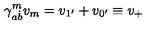
\gamma _ { a \dot { b } } ^ { m } v _ { m } = v _ { 1 ^ { \prime } } + v _ { 0 ^ { \prime } } \equiv v _ { + }